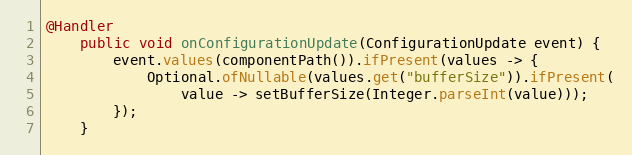
Language: Java
@Handler
    public void onConfigurationUpdate(ConfigurationUpdate event) {
        event.values(componentPath()).ifPresent(values -> {
            Optional.ofNullable(values.get("bufferSize")).ifPresent(
                value -> setBufferSize(Integer.parseInt(value)));
        });
    }